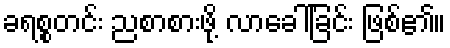
ခရစ္စတင်း ညစာစားဖို့ လာခေါ်ခြင်း ဖြစ်၏။